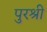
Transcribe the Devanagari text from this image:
पुरश्री